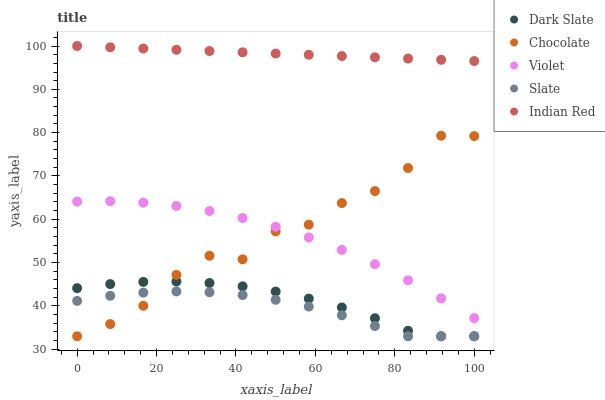
| xaxis_label | Dark Slate | Chocolate | Violet | Slate | Indian Red |
 | --- | --- | --- | --- | --- | --- |
 | 0 | 44.1 | 33 | 64.1 | 41.2 | 100 |
 | 8.33 | 45 | 35.8 | 64.2 | 42.3 | 99.7 |
 | 16.7 | 45.5 | 40 | 63.8 | 43.1 | 99.4 |
 | 25 | 45.6 | 47.2 | 63.1 | 43.3 | 99.1 |
 | 33.3 | 45.3 | 51.6 | 61.9 | 43.2 | 98.8 |
 | 41.7 | 44.5 | 50.8 | 60.3 | 42.5 | 98.6 |
 | 50 | 43.3 | 57.2 | 58.3 | 41.4 | 98.3 |
 | 58.3 | 41.7 | 58.8 | 55.8 | 39.9 | 98 |
 | 66.7 | 39.6 | 63.7 | 52.9 | 37.8 | 97.7 |
 | 75 | 37.2 | 66.5 | 49.6 | 35.4 | 97.4 |
 | 83.3 | 34.3 | 71.8 | 45.9 | 33 | 97.1 |
 | 91.7 | 33 | 79.3 | 41.8 | 33 | 96.8 |
 | 100 | 33 | 79.2 | 37.2 | 33 | 96.5 |